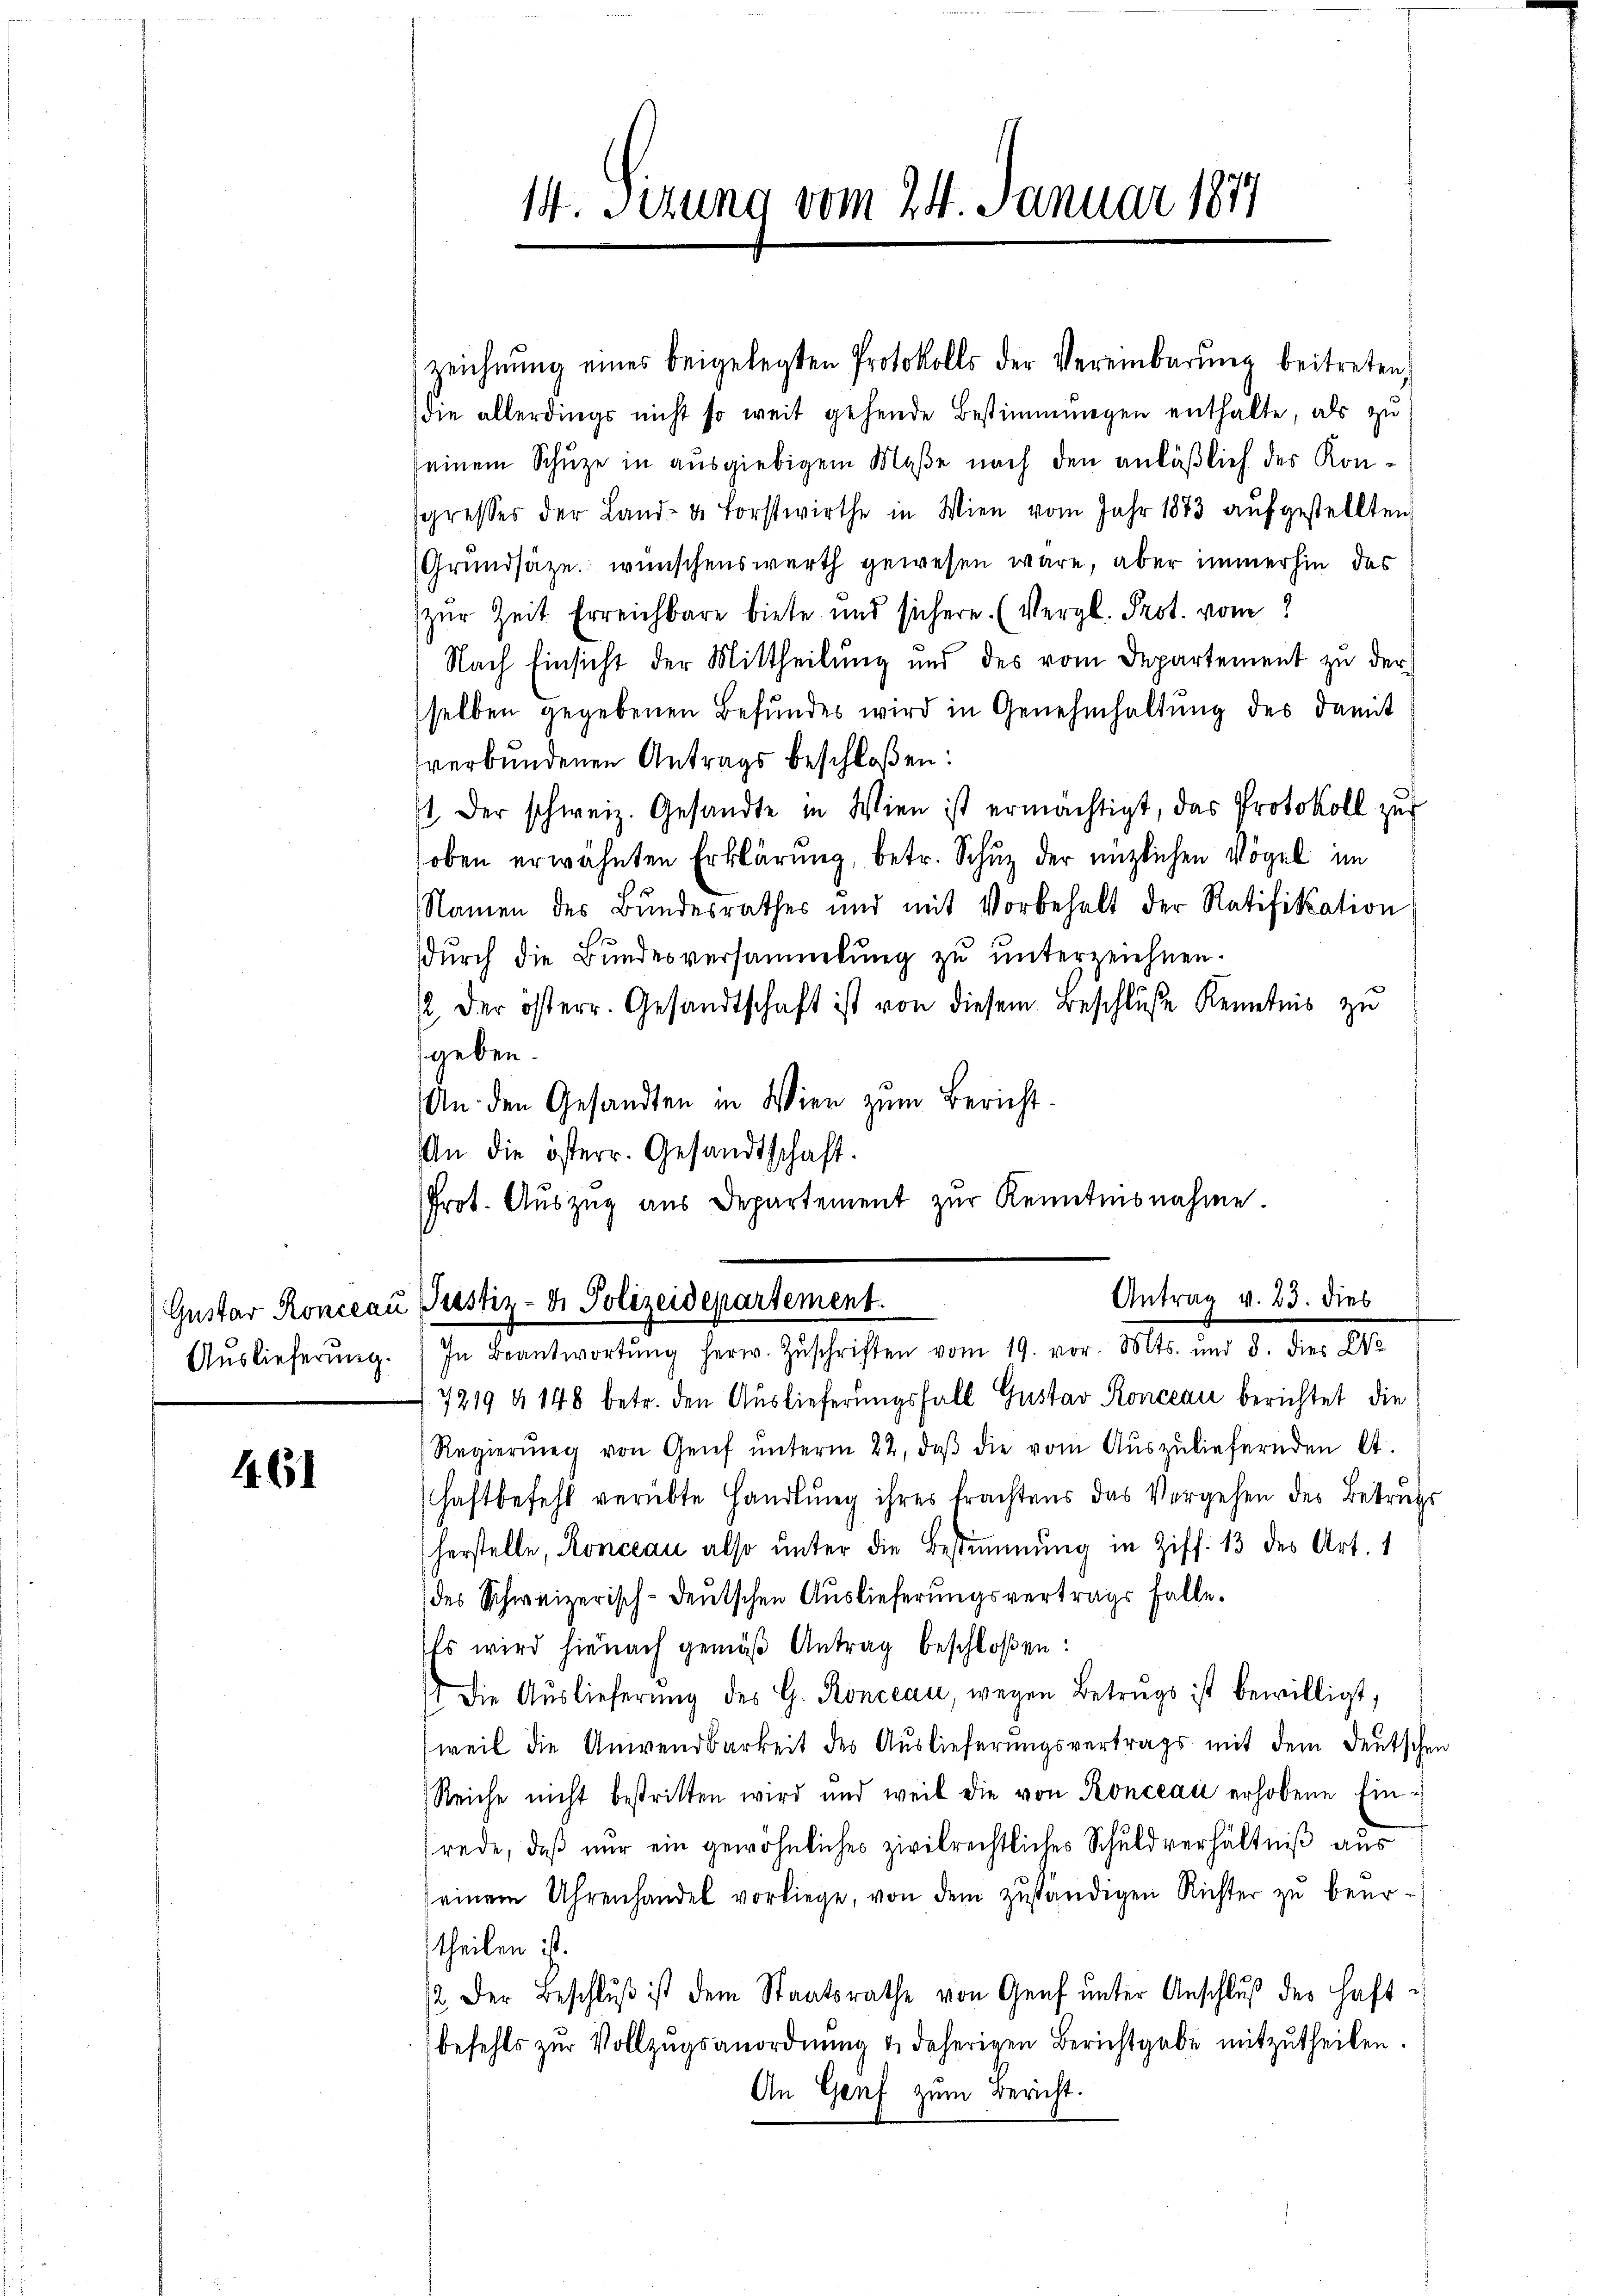
Gustar Konceau

4.61

die allerdings nicht so weit gehende Bestimmungen enthalte, als zu
seinem Schŭze in ausgiebigem Maße nach den anläßlich des Kon-
sgresses der Land- u. Forstwirthe in Wien vom Jahr 1883 aŭfgestellten
Grundsätze wünschenswerth gewesen wäre, aber immerhin das
zur Zeit Erreichbare biete und sichere. (Vergl. Prot. vom 2
Nach Einsicht der Mittheilŭng und des vom Departement zŭ der
selben gegebenen Befundes wird in Genehmhaltung des damit
verbundenen Antrags beschloßen:
st. Der schweiz. Gesandte in Wien ist ermächtigt, das Protokoll zur
oben erwähnten Erklärung, betr. Schuz der nützlichen Vögel im
Namen des Bundesrathes und mit Vorbehalt der Ratifikation
dŭrch die Bŭndesversammlung zŭ ŭnterzeichnen.
/2 der österr. Gesandtschaft ist von diesem Beschluße Kenntnis zu
geben.
An den Gesandten in Wien zum Bericht
An die österr. Gesandtschaft.
Prot. Aŭszŭg aŭs Departement zŭr Kenntnisnahme.

14. Sitzung vom 24. Januar 1877

zeichnŭng eines beigelegten Protokolls der Vereinbarŭng beitreten,

Antrag v. 23. dies
2 Justiz- & Polizeidepartement.
Aŭslieferŭng. In Beantwortŭng herw. Zŭschriften vom 19. vor. Mts. und 8. dies We

7219 & 148 betr. den Auslieferungsfall Gustav Konceau berichtet die
Regierŭng von Genf ŭnterm 22. daβ die vom Aŭszŭliefernden lt.
haftbefehl verübte Handlŭng ihres trachtens das Vergehen des Betrugs
herstelle, Konceau also unter die Bestimmung in Ziff. 13 des Art. 1
des Schweizerisch-deutschen Auslieferungsvertrags falle.
Es wird hienach gemäß Antrag beschloßen:
 Die Aŭslieferŭng des G. Ronceau, wegen Betrŭgs ist bewilligt,
weil die Anwendbarkeit des Auslieferungsvertrags mit dem deutsche
Reiche nicht bestritten wird und weil die von Ronceau erhobene Einrede, daß nur ein gewöhnliches zivilrechtliches Schuldverhältniß aus
einem Uhrenhandel vorliege, von dem zuständigen Richter zu beurtheilen ist.
12 der Beschlŭβ ist dem Staatsrathe von Genf ŭnter Anschlŭβ des haft
befehls zŭr Vollzŭgsanordnŭng u. daherigen Berichtgabe mitzutheilen.
An Genf zum Bericht.